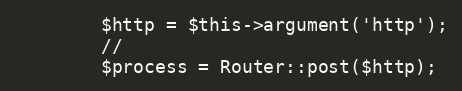
Language: PHP
        $http = $this->argument('http');
        //
        $process = Router::post($http);